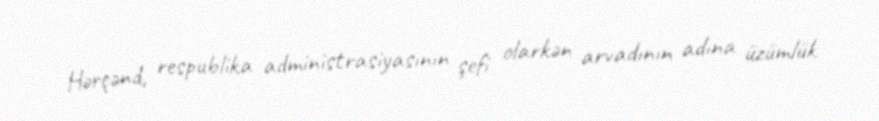
Hərçənd, respublika administrasiyasının şefi olarkən arvadının adına üzümlük